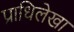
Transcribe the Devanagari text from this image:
प्राधिलेखा